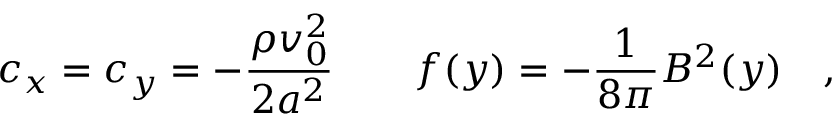
c _ { x } = c _ { y } = - \frac { \rho v _ { 0 } ^ { 2 } } { 2 a ^ { 2 } } \qquad f ( y ) = - \frac { 1 } { 8 \pi } B ^ { 2 } ( y ) \quad ,